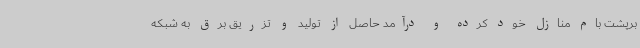
برپشت بام منازل خود کرده و درآمد حاصل از تولید و تزریق برق به شبکه